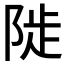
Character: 𨺗